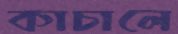
কাচালে